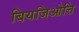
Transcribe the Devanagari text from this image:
बियजिओत्ति